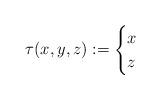
LaTeX: \begin{align*}\tau(x,y,z) := \begin{cases} x &\\ z & \end{cases}\end{align*}